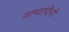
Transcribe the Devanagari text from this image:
वाग्वादिनी